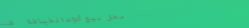
محل بيع أدوات الخياطة   ك